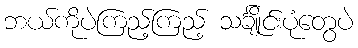
ဘယ်ကိုပဲကြည့်ကြည့် သင်္ချိုင်းပုံတွေပဲ